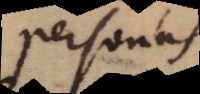
personas